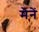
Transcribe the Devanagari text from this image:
मेनें